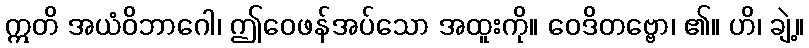
ဣတိ အယံဝိဘာဂေါ၊ ဤဝေဖန်အပ်သော အထူးကို။ ဝေဒိတဗ္ဗော၊ ၏။ ဟိ၊ ချဲ့။